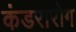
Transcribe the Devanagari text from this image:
कंडरारोग